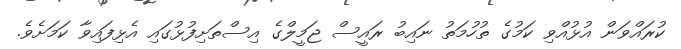
ކުރައްވަން އުޅުއްވި ކަމުގެ ތުހުމަތު ނައިބު ރައީސް ޖަމީލްގެ އިސްތަށިފުޅުގައި އެޅިފައިވާ ކަމަށެވެ.